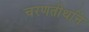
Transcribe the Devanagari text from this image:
चरणतीर्थाने